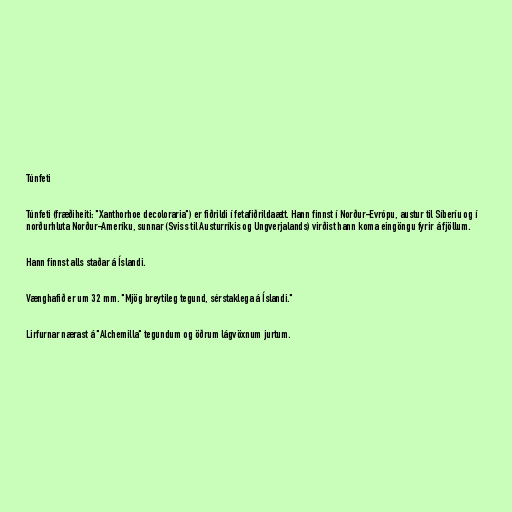
Túnfeti

Túnfeti (fræðiheiti: "Xanthorhoe decoloraria") er fiðrildi í fetafiðrildaætt. Hann finnst í Norður-Evrópu, austur til Síberíu og í
norðurhluta Norður-Ameríku, sunnar (Sviss til Austurríkis og Ungverjalands) virðist hann koma eingöngu fyrir á fjöllum.

Hann finnst alls staðar á Íslandi.

Vænghafið er um 32 mm. "Mjög breytileg tegund, sérstaklega á Íslandi."

Lirfurnar nærast á "Alchemilla" tegundum og öðrum lágvöxnum jurtum.